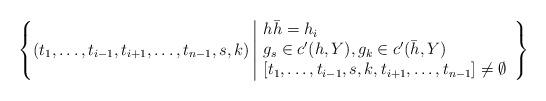
LaTeX: \begin{align*}\left\{ (t_1,\ldots, t_{i-1}, t_{i+1},\ldots, t_{n-1}, s, k) ~ \begin{tabular}{|l}$h\bar{h}=h_i$\\ $g_s\in c'(h, Y), g_k\in c'(\bar{h}, Y)$\\$[t_1,\ldots, t_{i-1}, s, k, t_{i+1}, \ldots, t_{n-1}]\neq \emptyset$\end{tabular}\right\}\end{align*}